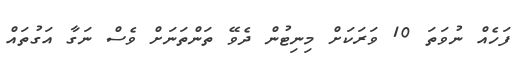
ފަހެއް ނުވަތަ 10 ވަރަކަށް މިނިޓުން ދެވޭ ތަންތަނަށް ވެސް ނަގާ އަގުތައް